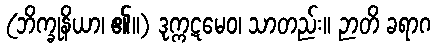
(ဘိက္ခုနိယာ၊ ၏။) ဒုက္ကဋမေဝ၊ သာတည်း။ ဉာတိ ခရာဂ